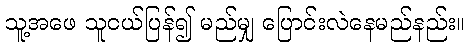
သူ့အဖေ သူငယ်ပြန်၍ မည်မျှ ပြောင်းလဲနေမည်နည်း။